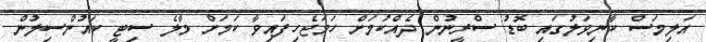
އަލިމަސް ކާނިވަލުގައި ބޮޑު ސްރީނުން ދެއްކުމަށް ހަމަޖެހިފައިވާ ކަމަށް މާލެ ސިޓީ ކައުންސިލުން